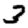
Digit: 3